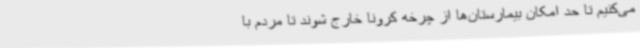
می‌کنیم تا حد امکان بیمارستان‌ها از چرخه کرونا خارج شوند تا مردم با